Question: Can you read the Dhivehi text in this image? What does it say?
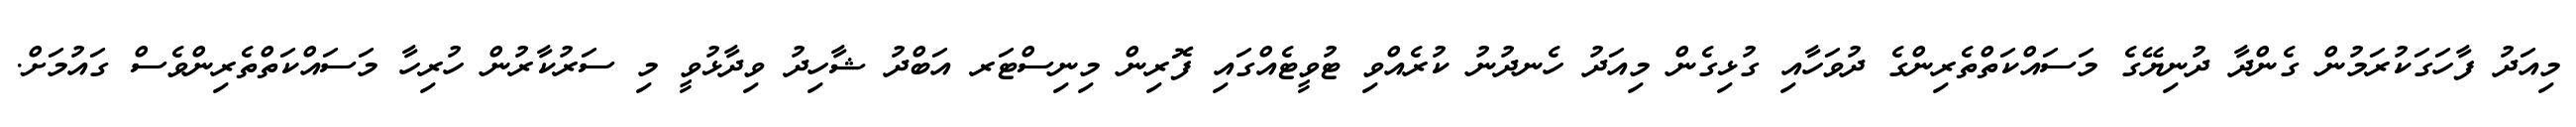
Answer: މިއަދު ފާހަގަކުރަމުން ގެންދާ ދުނިޔޭގެ މަސައްކަތްތެރިންގެ ދުވަހާއި ގުޅިގެން މިއަދު ހެނދުނު ކުރެއްވި ޓުވީޓެއްގައި ފޮރިން މިނިސްޓަރ އަބްދު ޝާހިދު ވިދާޅުވީ މި ސަރުކާރުން ހުރިހާ މަސައްކަތްތެރިންވެސް ގައުމަށް.